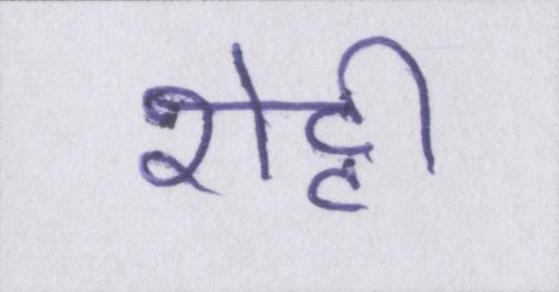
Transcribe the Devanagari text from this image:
शेट्टी